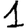
Digit: 1